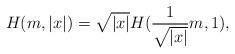
LaTeX: \begin{align*}H(m, |x|) = \sqrt{|x|}H(\frac{1}{\sqrt{|x|}}m, 1),\end{align*}